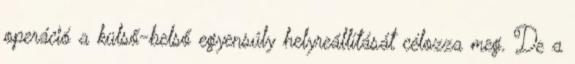
operáció a külső-belső egyensúly helyreállítását célozza meg. De a